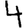
Digit: 4